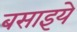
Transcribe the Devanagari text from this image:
बसाइये